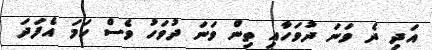
އަދި ދެ ވަނަ ދުވަހާއި ތިން ވަނަ ދުވަހު ވެސް ހަމަ އެފަދަ